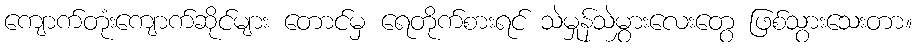
ကျောက်တုံးကျောက်ဆိုင်များ တောင်မှ ရေတိုက်စားရင် သဲမှုန်သဲမွှားလေးတွေ ဖြစ်သွားသေးတာ။